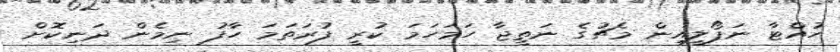
ހުއްޓާ ނަޕޯލީއިން މެޗުގެ ނަތީޖާ ހަމަހަމަ ކުރީ ފުރަތަމަ ހާފު ނިމެން ދަނިކޮށް